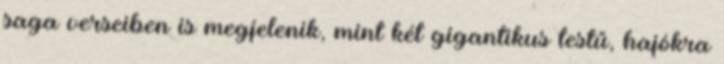
saga verseiben is megjelenik, mint két gigantikus testű, hajókra